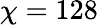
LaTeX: \chi=128